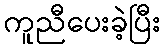
ကူညီပေးခဲ့ပြီး